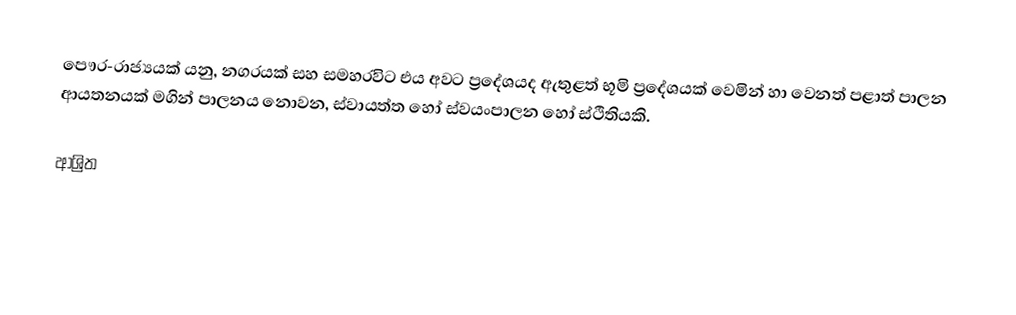
පෞර-රාජ්‍යයක් යනු,  නගරයක් සහ සමහරවිට එය අවට ප්‍රදේශයද ඇතුළත් භූමි ප්‍රදේශයක් වෙමින් හා වෙනත් පළාත් පාලන ආයතනයක් මගින් පාලනය නොවන, ස්වායත්ත හෝ ස්වයංපාලන හෝ ස්ථිතියකි.

ආශ්‍රිත